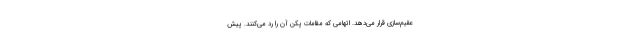
عقیم‌سازی قرار می‌دهد. اتهامی که مقامات پکن آن را رد می‌کنند. پیش